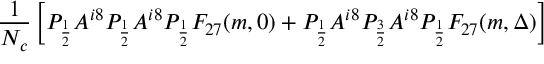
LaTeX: { \frac { 1 } { N _ { c } } } \left[ P _ { \frac 1 2 } A ^ { i 8 } P _ { \frac 1 2 } A ^ { i 8 } P _ { \frac 1 2 } F _ { 2 7 } ( m , 0 ) + P _ { \frac 1 2 } A ^ { i 8 } P _ { \frac 3 2 } A ^ { i 8 } P _ { \frac 1 2 } F _ { 2 7 } ( m , \Delta ) \right]